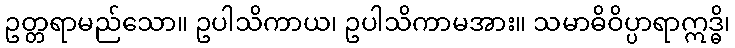
ဥတ္တရာမည်သော။ ဥပါသိကာယ၊ ဥပါသိကာမအား။ သမာဓိဝိပ္ပာရာဣဒ္ဓိ၊